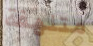
متلهفة